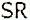
SR